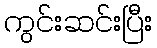
ကွင်းဆင်းပြီး